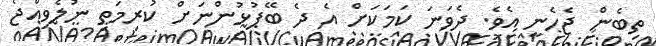
ތިބެން ޖެހެނީ އެވެ. ދެވަނަ ކަމަކަށް އެ ދެ ބޭފުޅުންނަށް ކުރިމަތި ނުލެވިއްޖެ